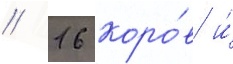
/ 16 коро́в и́